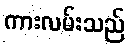
ကားလမ်းသည်